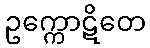
ဥက္ကောဋိတေ